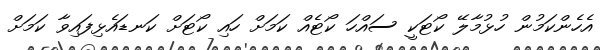
އެހެންކަމުން ހުޅުމާލޭ ކޯޓަކީ ސައްހަ ކޯޓެއް ކަމަށް ހައި ކޯޓަށް ކަނޑައެޅިފައިވާ ކަމަށް